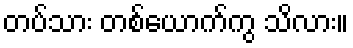
တပ်သား တစ်ယောက်ကွ သိလား။